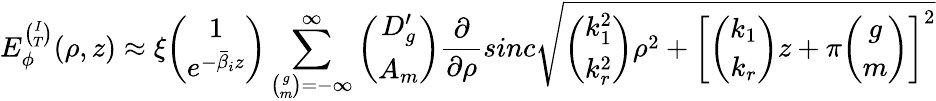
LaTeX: E_{\phi}^{\binom{I}{T}}(\rho,z)\approx\xi{\binom{1}{e^{-\bar{\beta}_{i}z}}}\sum_{{\binom{g}{m}}=-\infty}^{\infty}{\binom{D_{g}^{\prime}}{A_{m}}}\frac{\partial}{\partial\rho}sinc\sqrt{{\binom{k_{1}^{2}}{k_{r}^{2}}}\rho^{2}+\left[{\binom{k_{1}}{k_{r}}}z+\pi{\binom{g}{m}}\right]^{2}}